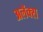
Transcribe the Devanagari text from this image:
अलॅक्स